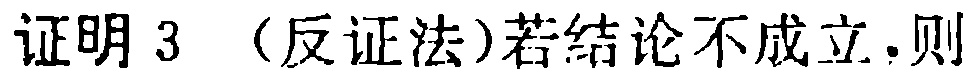
证明 3 （反证法）若结论不成立，则